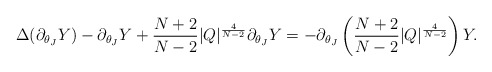
\begin{align*} \Delta(\partial_{\theta_J} Y)-\partial_{\theta_J} Y+\frac{N+2}{N-2}|Q|^{\frac{4}{N-2}}\partial_{\theta_J}Y=-\partial_{\theta_J}\left(\frac{N+2}{N-2}|Q|^{\frac{4}{N-2}}\right)Y.\end{align*}